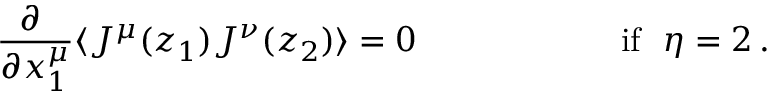
\begin{array} { c c } { { \displaystyle { \frac { \partial ~ } { \partial x _ { 1 } ^ { \mu } } } \langle J ^ { \mu } ( z _ { 1 } ) J ^ { \nu } ( z _ { 2 } ) \rangle = 0 ~ ~ ~ ~ ~ ~ } } & { { ~ ~ ~ ~ ~ ~ ~ ~ ~ \mathrm { i f ~ ~ } \eta = 2 \, . } } \end{array}